Annual report on the health of the army in India
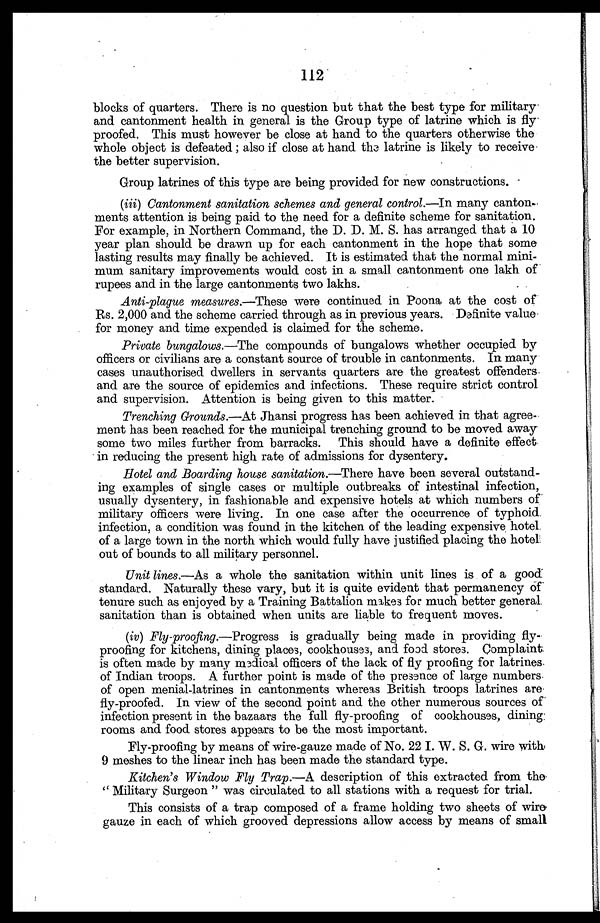
112
blocks of quarters. There is no question but that the best type for military
and cantonment health in general is the Group type of latrine which is fly
proofed. This must however be close at hand to the quarters otherwise the
whole object is defeated; also if close at hand the latrine is likely to receive
the better supervision.
Group latrines of this type are being provided for new constructions.
(iii) Cantonment sanitation schemes and general control .—In many canton-
ments attention is being paid to the need for a definite scheme for sanitation.
For example, in Northern Command, the D. D. M. S. has arranged that a 10
year plan should be drawn up for each cantonment in the hope that some
lasting results may finally be achieved. It is estimated that the normal mini-
mum sanitary improvements would cost in a small cantonment one lakh of
rupees and in the large cantonments two lakhs.
Anti-plague measures .—These were continued in Poona at the cost of
Rs. 2,000 and the scheme carried through as in previous years. Definite value
for money and time expended is claimed for the scheme.
Private bungalows.—The compounds of bungalows whether occupied by
officers or civilians are a constant source of trouble in cantonments. In many
cases unauthorised dwellers in servants quarters are the greatest offenders.
and are the source of epidemics and infections. These require strict control
and supervision. Attention is being given to this matter.
Trenching Grounds.—At Jhansi progress has been achieved in that agree-
- m e n t h a s b e e n r e a c h e d f o r t h e m u n i c i p a l t r e n c h i n g g r o u n d t o b e m o v e d a w a y
some two miles further from barracks. This should have a definite effect
in reducing the present high rate of admissions for dysentery.
Hotel and Boarding house sanitation .—There have been several outstand- -
ing examples of single cases or multiple outbreaks of intestinal infection,
usually dysentery, in fashionable and expensive hotels at which numbers of
military officers were living. In one case after the occurrence of typhoid
infection, a condition was found in the kitchen of the leading expensive hotel
of a large town in the north which would fully have justified placing the hotel
out of bounds to all military personnel.
Unit lines.—As a whole the sanitation within unit lines is of a good
standard. Naturally these vary, but it is quite evident that permanency of'
tenure such as enjoyed by a Training Battalion makes for much better general.
sanitation than is obtained when units are liable to frequent moves.
(iv) Fly-proofing.—Progress is gradually being made in providing fly
proofing for kitchens, dining places, cookhouses, and food stores. Complaint
is often made by many medical officers of the lack of fly proofing for latrines
of Indian troops. A further point is made of the presence of large numbers
of open menial-latrines in cantonments whereas British troops latrines are
fly-proofed. In view of the second point and the other numerous sources of
infection present in the bazaars the full fly-proofing of cookhouses, dining
rooms and food stores appears to be the most important.
Fly-proofing by means of wire-gauze made of No. 22 I. W. S. G. wire with,
9 meshes to the linear inch has been made the standard type.
Kitchen's Window Fly Trap.—A description of this extracted from the
'Military Surgeon' was circulated to all stations with a request for trial.
This consists of a trap composed of a frame holding two sheets of wire
gauze in each of which grooved depressions allow access by means of small